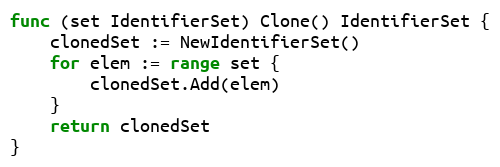
Language: Go
func (set IdentifierSet) Clone() IdentifierSet {
	clonedSet := NewIdentifierSet()
	for elem := range set {
		clonedSet.Add(elem)
	}
	return clonedSet
}